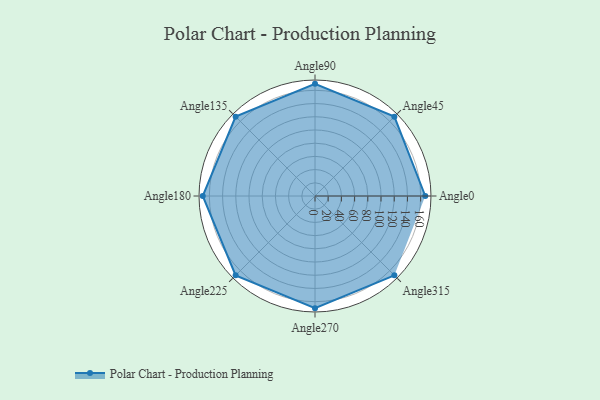
{"axis": {"x": "Angle", "y": "Radius"}, "legend": [""], "data": [{"x": "Angle0", "y": 167.0, "type": ""}, {"x": "Angle45", "y": 170, "type": ""}, {"x": "Angle90", "y": 170, "type": ""}, {"x": "Angle135", "y": 170, "type": ""}, {"x": "Angle180", "y": 170, "type": ""}, {"x": "Angle225", "y": 170, "type": ""}, {"x": "Angle270", "y": 170, "type": ""}, {"x": "Angle315", "y": 170, "type": ""}]}